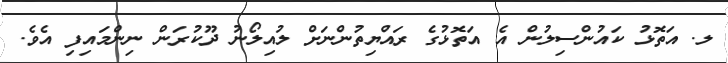
ލ. އަތޮޅު ކައުންސިލުން އެ އަތޮޅުގެ ރައްޔިތުންނަށް ލުއިލޯނު ދޫކުރަން ނިންމައިފި އެވެ.